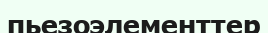
пьезоэлементтер